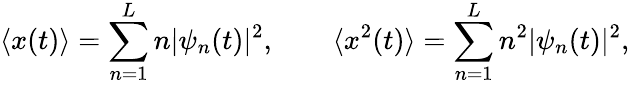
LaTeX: \langle x(t)\rangle=\sum_{n=1}^{L}n|\psi_{n}(t)|^{2},\qquad\langle x^{2}(t)\rangle=\sum_{n=1}^{L}n^{2}|\psi_{n}(t)|^{2},